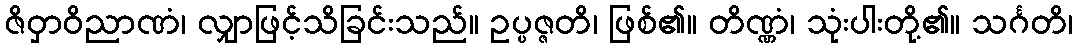
ဇိဝှာဝိညာဏံ၊ လျှာဖြင့်သိခြင်းသည်။ ဥပ္ပဇ္ဇတိ၊ ဖြစ်၏။ တိဏ္ဏံ၊ သုံးပါးတို့၏။ သင်္ဂတိ၊